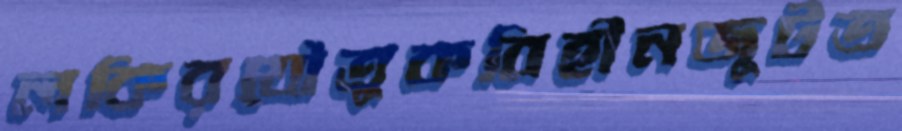
লকিরযৌতুকবিহীনজুটত